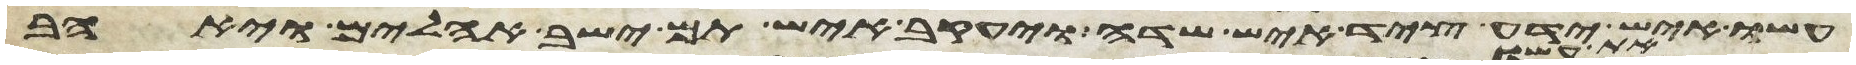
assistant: עשו איש ידע ציד איש שדה ויעקב איש תם ישב אהלים ויאהב